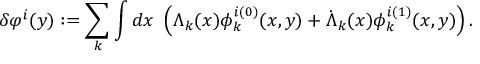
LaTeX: \delta \varphi ^ { i } ( y ) : = \sum _ { k } \int d x \ \left( \Lambda _ { k } ( x ) \phi _ { k } ^ { i ( 0 ) } ( x , y ) + \dot { \Lambda } _ { k } ( x ) \phi _ { k } ^ { i ( 1 ) } ( x , y ) \right) .